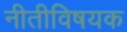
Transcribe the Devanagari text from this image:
नीतीविषयक